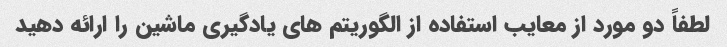
لطفاً دو مورد از معایب استفاده از الگوریتم های یادگیری ماشین را ارائه دهید